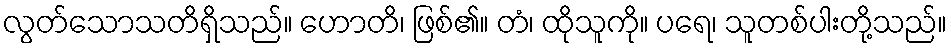
လွတ်သောသတိရှိသည်။ ဟောတိ၊ ဖြစ်၏။ တံ၊ ထိုသူကို။ ပရေ၊ သူတစ်ပါးတို့သည်။